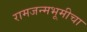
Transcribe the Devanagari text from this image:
रामजन्मभूमीचा